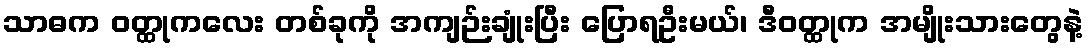
သာဓက ဝတ္ထုကလေး တစ်ခုကို အကျဉ်းချုံးပြီး ပြောရဦးမယ်၊ ဒီဝတ္ထုက အမျိုးသားတွေနဲ့